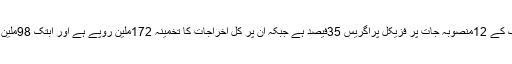
انہوںنے بتایا کہ پبلک ہیلتھ انجینئرنگ کے 12منصوبہ جات پر فزیکل پراگریس 35فیصد ہے جبکہ ان پر کل اخراجات کا تخمینہ 172ملین روپے ہے اور ابتک 98ملین روپے کے فنڈز جاری ہو چکے ہیں ۔